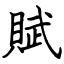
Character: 賦